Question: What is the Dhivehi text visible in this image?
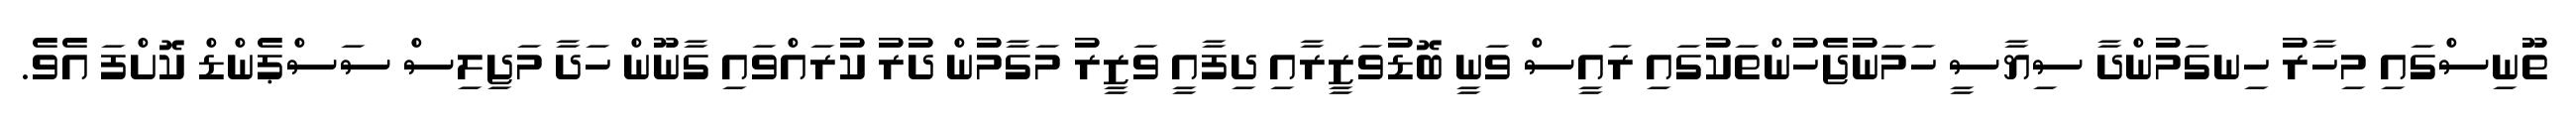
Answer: ތޫނިސްގައި މިހާރު ހިނގަމުންދާ ސިޔާސީ ހަމަނުޖެހުންތަކުގައި ރައީސް ވަނީ ބޮޑުވަޒީރާއި ދިފާއީ ވަޒީރު މަގާމުން ދުރު ކުރައްވައި ގާނޫން ހަދާ މަޖިލިސް ސަސްޕެންޑް ކޮށްފަ އެވެ.